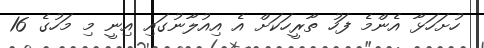
ހުށަހަޅާ އެންމެ ފަހު ތާރީހަކަށް އެ އިއުލާނުގައި އިނީ މި މަހުގެ 16